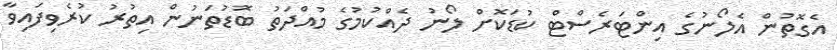
އެގޮތުން އެލޯނުގެ އިންޓަރެސްޓް ކުޑަކޮށް ލޯނު ދެއްކުމުގެ މުއްދަތު ބޮޑުތަނުން އިތުރު ކުރެވިފައިވާ